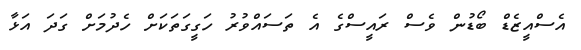
އެސްއީޒެޑް ބޯޑުން ވެސް ރައީސްގެ އެ ތަސައްވުރު ހަގީގަތަކަށް ހެދުމަށް ގަދަ އަޅާ